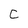
Character: C